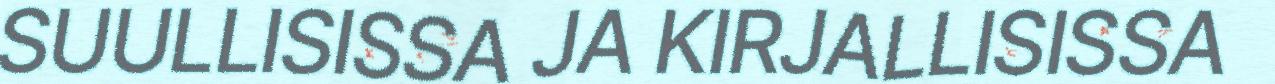
SUULLISISSA JA KIRJALLISISSA